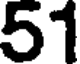
51